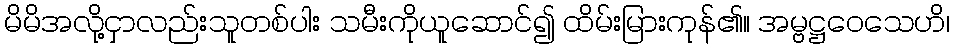
မိမိအလို့ငှာလည်းသူတစ်ပါး သမီးကိုယူဆောင်၍ ထိမ်းမြားကုန်၏။ အမ္ဗဋ္ဌဝေသေဟိ၊